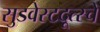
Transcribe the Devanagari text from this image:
सुडवेस्टदूत्स्चे